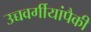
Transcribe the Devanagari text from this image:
उच्चवर्गीयांपैकी